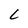
Character: L